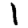
Digit: 1